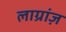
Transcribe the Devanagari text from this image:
लाग्रांज़